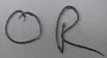
Text: OR